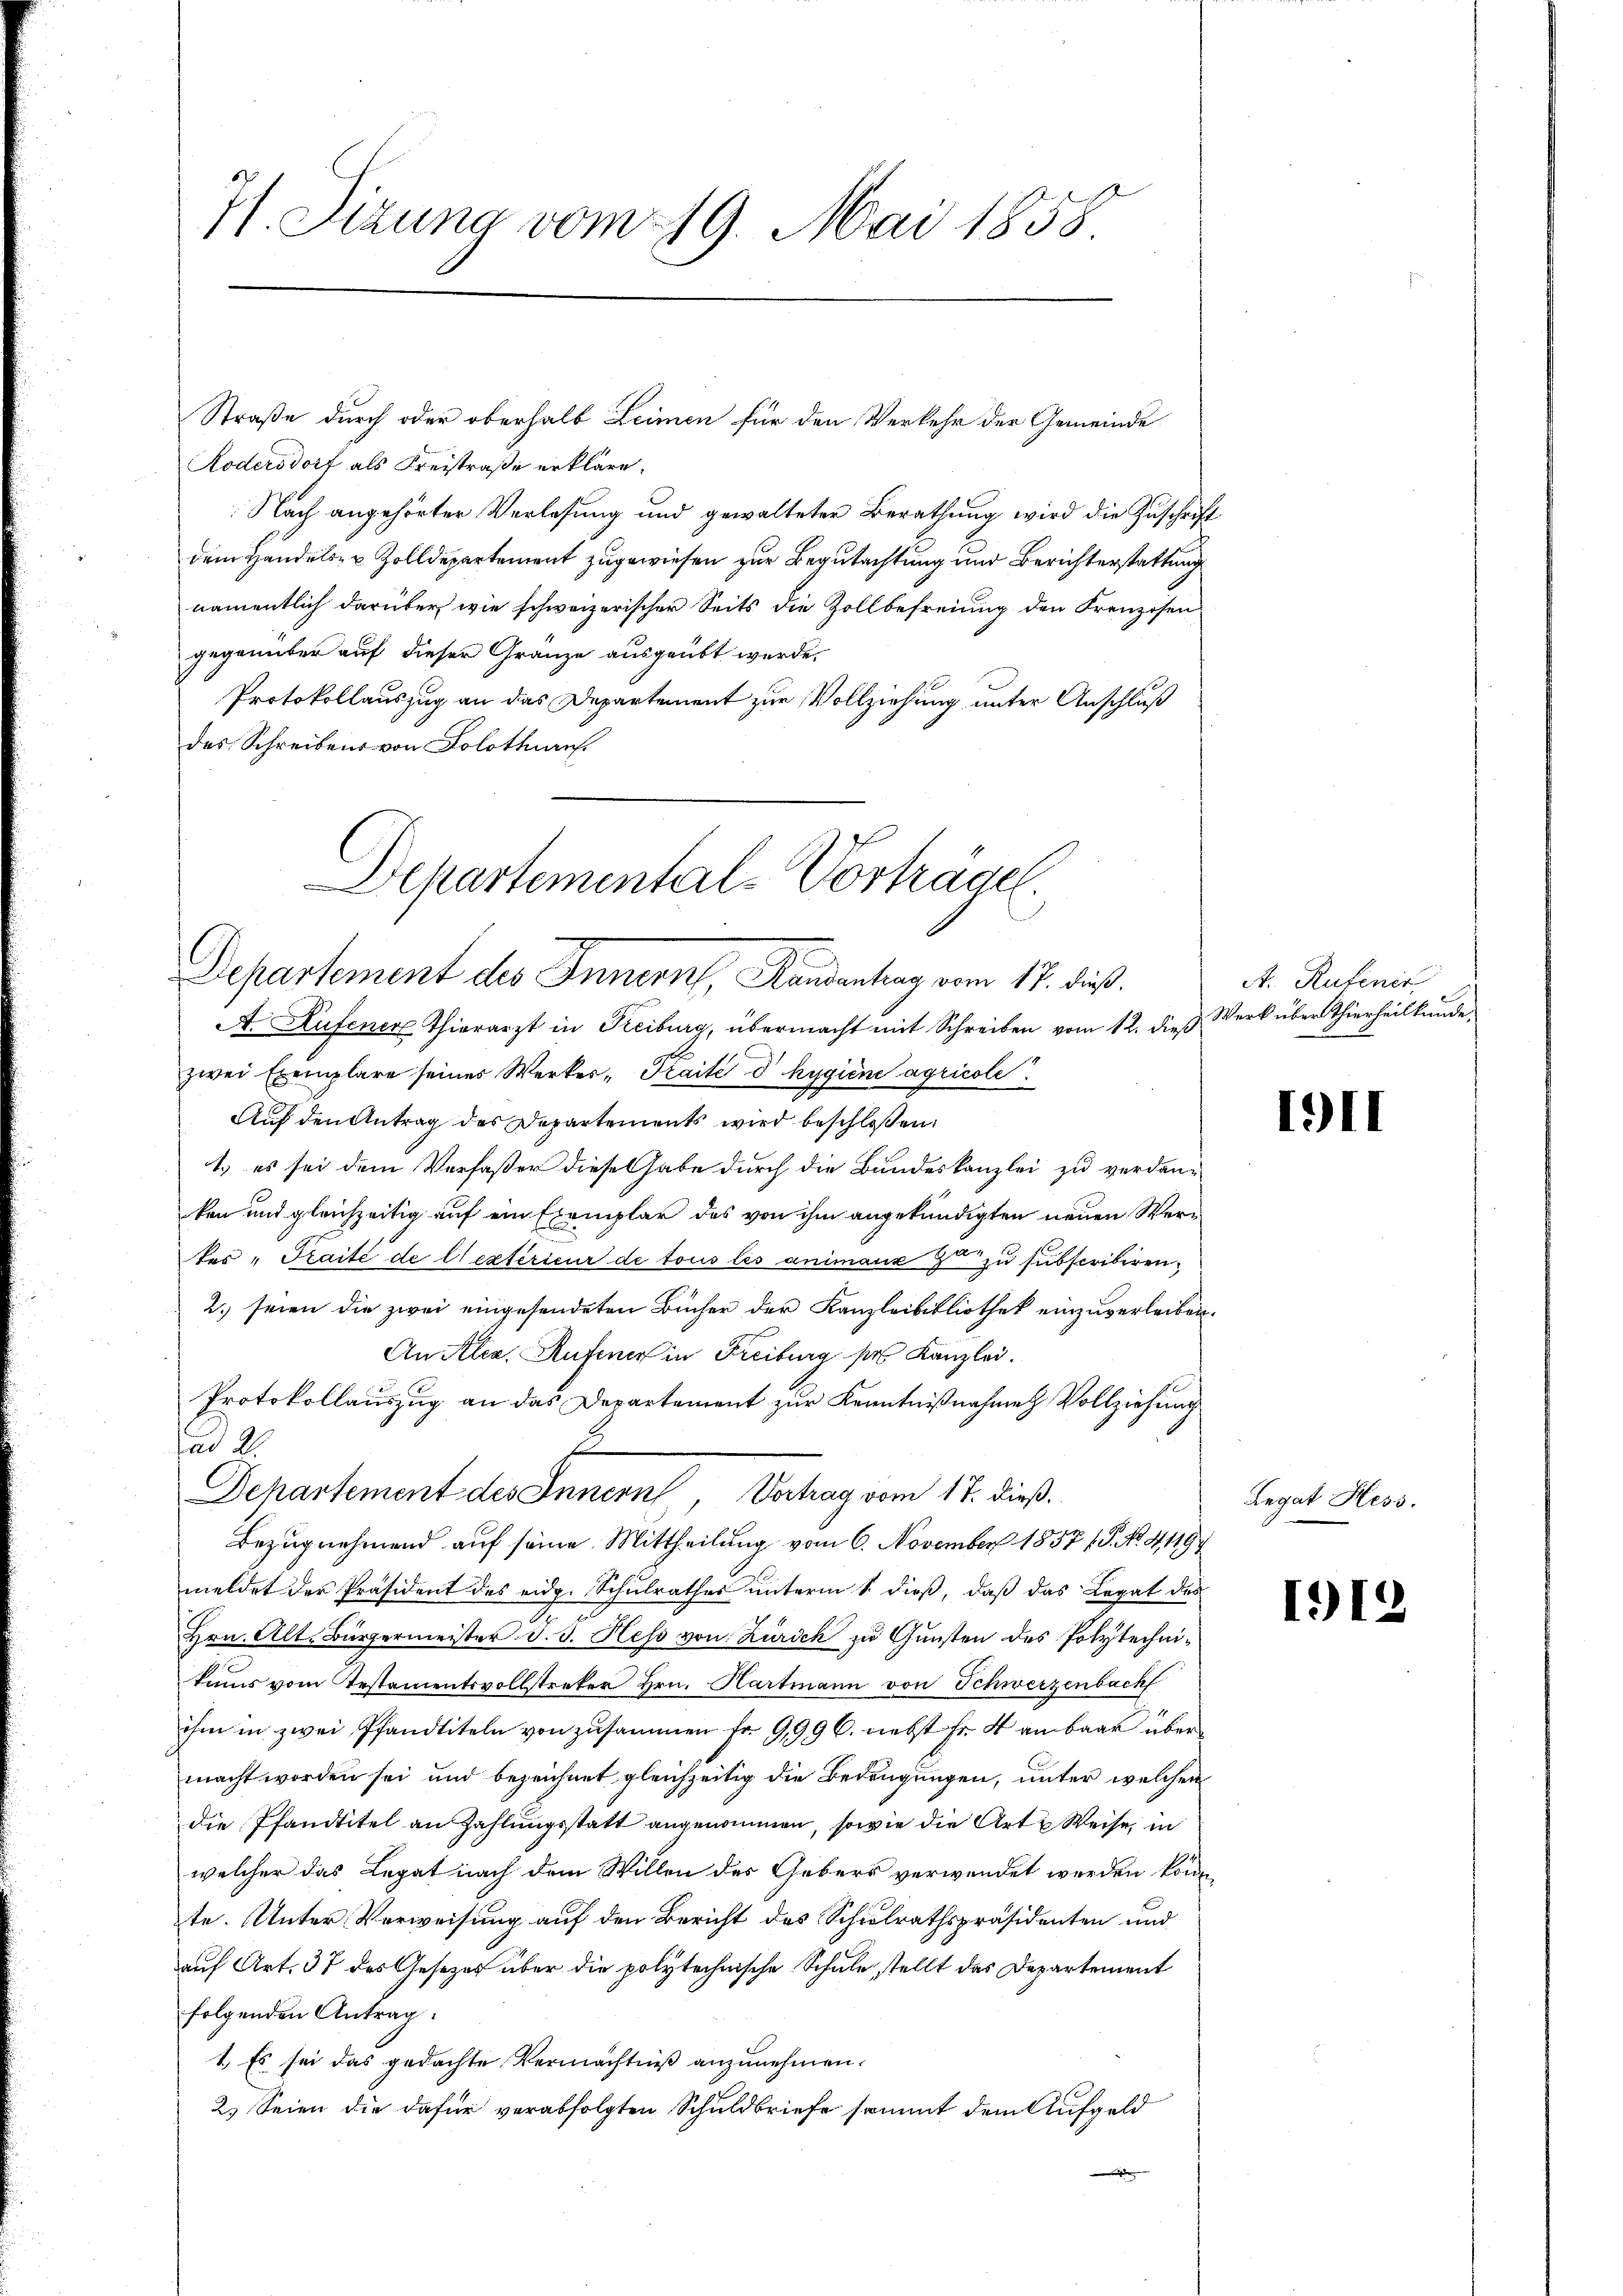
7f. Sizung vom 19. Mai 1858

Straße durch oder oberhalb Leimen für den Verkehr der Gemeinde
Kodersdorf als Kreistraße erkläre.
Nach angehörter Verlesung und gewalteter Berathung wird die Zuschrift
dem Handels- & Zolldepartement zugewiesen zur Begutachtung und Berichterstattung
namentlich darüber wie schweizerischer Seits die Zollbefreiung den Krenzosen
gegenüber auf dieser Gränze ausgeübt werde.
Protokollauszug an das Departement zur Vollziehung unter Anschluß
des Schreibens von Solothurn

Departemental-Vorträge.
Departement des Innern, Kandentrag vom 17. dieß.

A. Aufener Thierarzt in Freiburg, übermacht mit Schreiben vom 12. dieß Werk über Thierheilkunde
zwei Exemplare seiner Werker-Kaité d hygiene agricole
Auf den Antrag des Departements wird beschloßen:
1.) es sei dem Verfaßer diese Gabe durch die Bundeskanzlei zu verdanken und gleichzeitig auf ein Exemplar des von ihm angekündigten neuen Wertes "Graité de et extérieur de tous les animaux  zu subscribiren.
2. seien die zwei eingesendeten Bücher der Kanzleibibliothek einzuverleiben.
An Aler, Aufener in Freiburg des Kanzlei.
Protokollauszug an das Departement zur Kenntnißnahme Vollziehung
ad 2.
Bezugnehmend auf seine Mittheilung vom 6. November 1857 f. No. 41194
meldet der Präsident des eidg. Schulrathes unterm 1. dieß, daß das Legat des
Hrn. Alt. Bürgermeister d. d. Hess von Zürich zu Gunsten des Polytechnikums vom Testamentsvollstreker Hrn. Hartmann von Schwerzenbach
ihm in zwei Pfandtiteln von zusammen Fr. 9996. nebst Fr. 4 an baar übermacht worden sei und bezeichnet gleichzeitig die Bedeugungen, unter welchen
die Pfandtitel an Zahlungsstatt angenommen, sowie die Art Weise, in
welcher das Legat nach dem Willen des Gebers verwendet werden könnte. Unter Verweisung auf den Bericht des Schulrathspräsidenten und
auf Art. 37 des Gesezes über die polytechnische Schule, stellt das Departement
folgenden Antrag.
1. Es sei das gedachte Vermächtniß anzunehmen.
2.) Seien die dafür verabfolgten Schuldbriefe sammt dem Aufgeld

E
Departement des Innern, Vortrag vom 17. dieß.

A. Rutinir

III

Legat Hess.

112